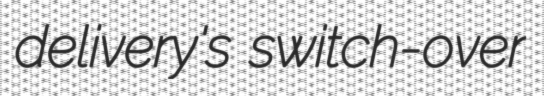
delivery's switch-over